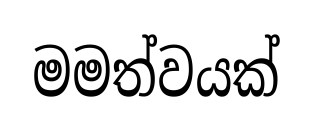
මමත්වයක්